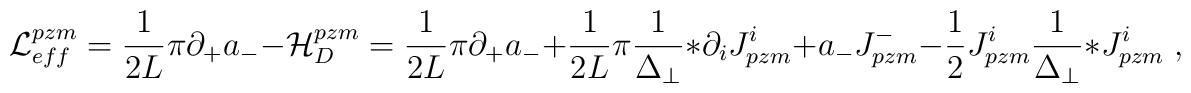
{\cal L}^{pzm}_{eff} = \frac{1}{2L} \pi \partial_{+} a_{-} -{\cal H}_D^{pzm} = \frac{1}{2L} \pi \partial_{+} a_{-} +\frac{1}{2L} \pi \frac{1}{\Delta_{\perp}} \ast \partial_i J_{pzm}^i +a_{-} J_{pzm}^{-} - \frac 1 2 J_{pzm}^i\frac{1}{\Delta_{\perp}} \ast J_{pzm}^i \;,